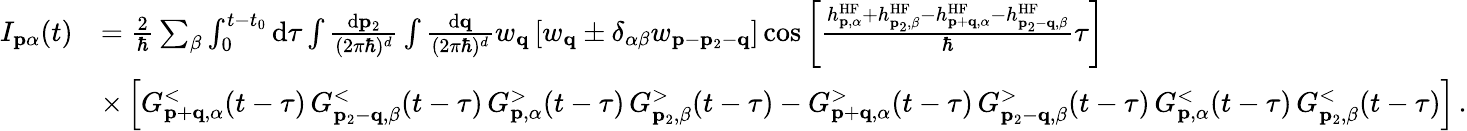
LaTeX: \begin{array}{rl}{I_{\mathbf{p}\alpha}(t)}&{=\frac{2}{\hbar}\sum_{\beta}\int_{0}^{t-t_{0}}\mathrm{d}\tau\int\frac{\mathrm{d}\mathbf{p}_{2}}{(2\pi\hbar)^{d}}\int\frac{\mathrm{d}\mathbf{q}}{(2\pi\hbar)^{d}}w_{\mathbf{q}}\left[w_{\mathbf{q}}\pm\delta_{\alpha\beta}w_{\mathbf{p}-\mathbf{p}_{2}-\mathbf{q}}\right]\cos\left[\frac{h_{\mathbf{p},\alpha}^{\mathrm{HF}}+h_{\mathbf{p}_{2},\beta}^{\mathrm{HF}}-h_{\mathbf{p}+\mathbf{q},\alpha}^{\mathrm{HF}}-h_{\mathbf{p}_{2}-\mathbf{q},\beta}^{\mathrm{HF}}}{\hbar}\tau\right]}\\ &{\times\left[G_{\mathbf{p}+\mathbf{q},\alpha}^{<}(t-\tau)\, G_{\mathbf{p}_{2}-\mathbf{q},\beta}^{<}(t-\tau)\, G_{\mathbf{p},\alpha}^{>}(t-\tau)\, G_{\mathbf{p}_{2},\beta}^{>}(t-\tau)-G_{\mathbf{p}+\mathbf{q},\alpha}^{>}(t-\tau)\, G_{\mathbf{p}_{2}-\mathbf{q},\beta}^{>}(t-\tau)\, G_{\mathbf{p},\alpha}^{<}(t-\tau)\, G_{\mathbf{p}_{2},\beta}^{<}(t-\tau)\right]\, .}\end{array}